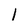
Character: 1